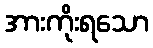
အားကိုးရသော